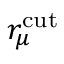
r _ { \mu } ^ { \mathrm { c u t } }